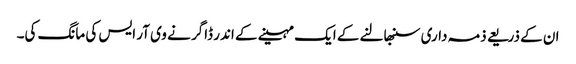
ان کے ذریعے ذمہ داری سنبھالنے کے ایک مہینے کے اندر ڈاگر نے وی آر ایس کی مانگ کی۔